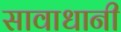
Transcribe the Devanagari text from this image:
सावाधानी